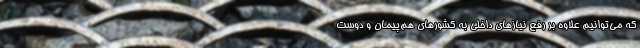
که می‌توانیم علاوه بر رفع نیازهای داخلی به کشورهای هم‌پیمان و دوست